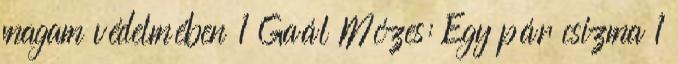
magam védelmében 1 Gaál Mózes: Egy pár csizma 1